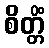
စိတ္တိံ